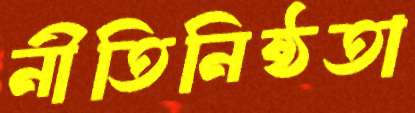
নীতিনিষ্ঠতা